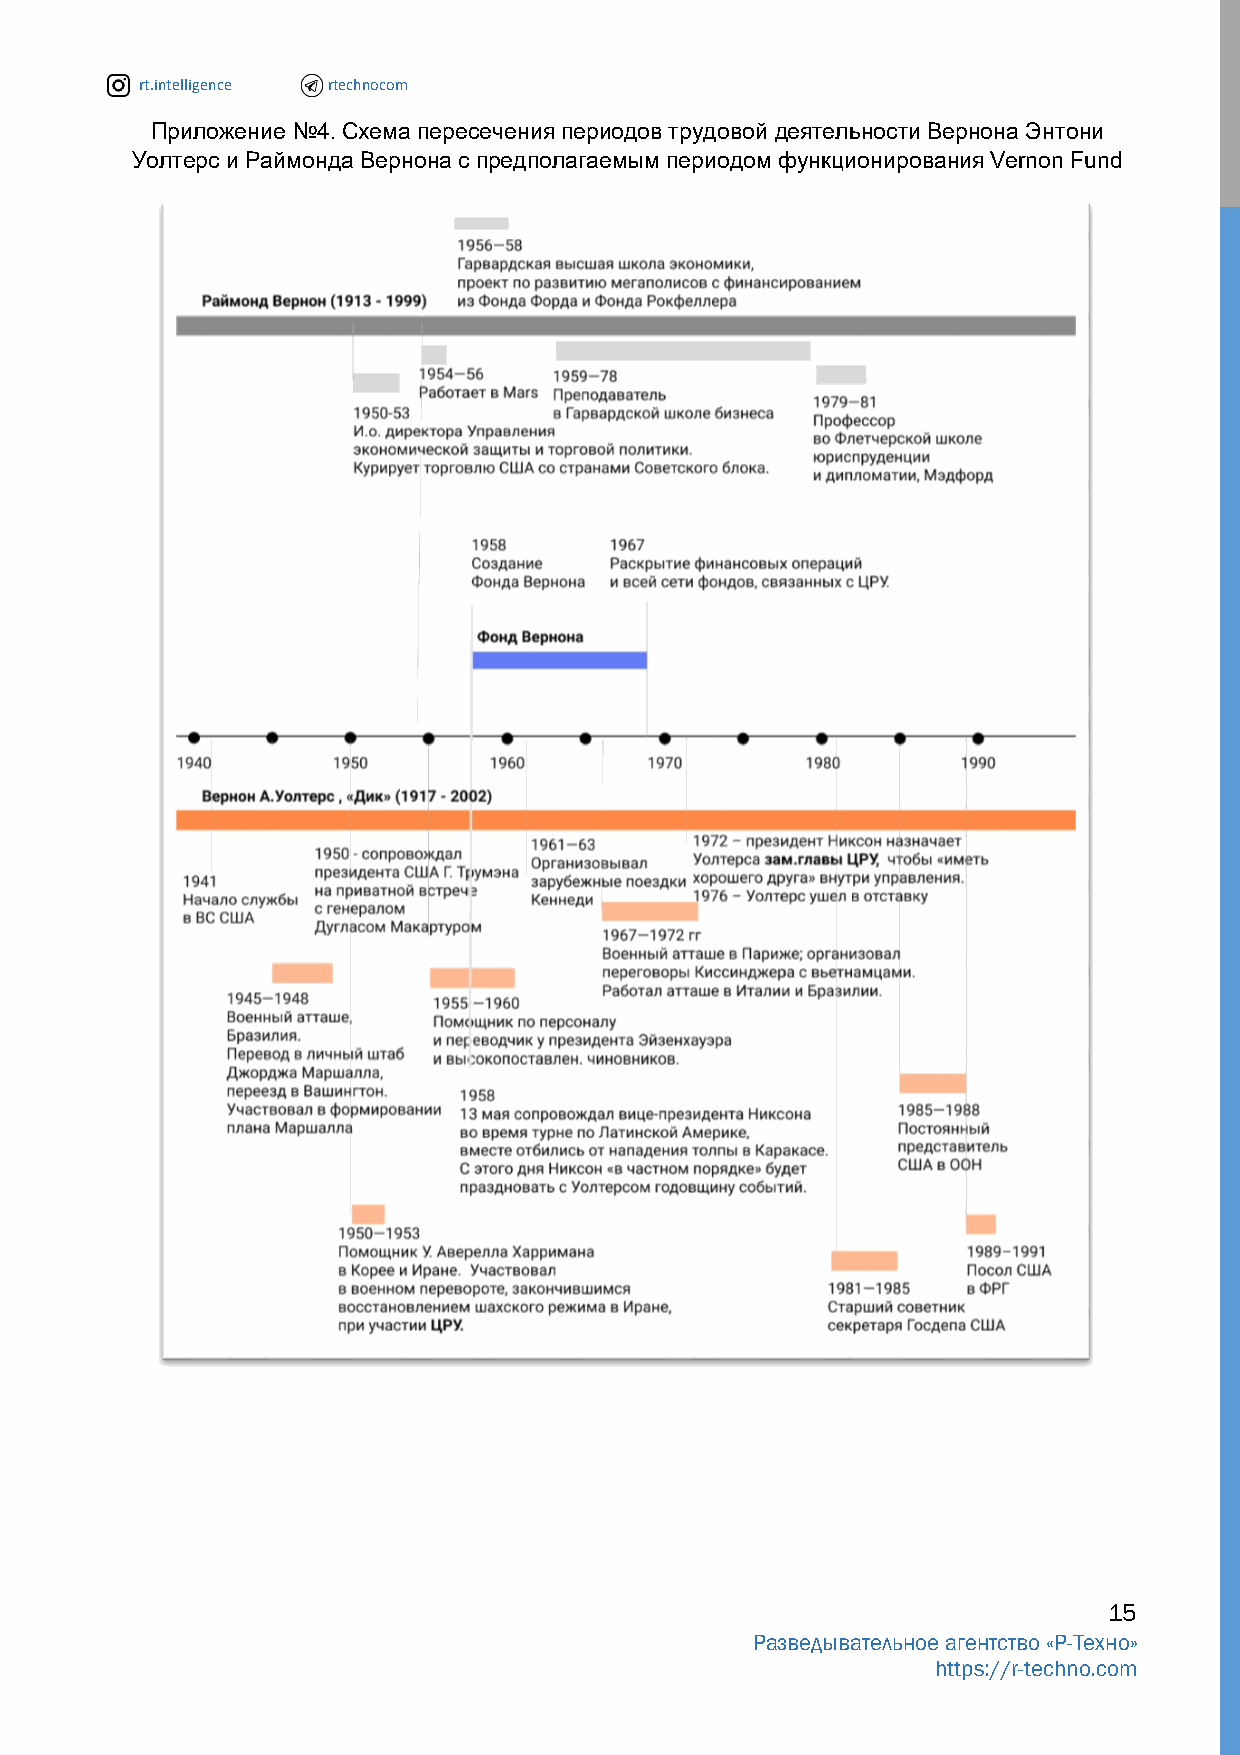
rt.intelligence rtechnocom
 Приложение №4. Схема пересечения периодов трудовой деятельности Вернона Энтони
 Уолтерс и Раймонда Вернона с предполагаемым периодом функционирования Vernon Fund
 15
 Разведывательное агентство «Р-Техно»
 https://r-techno.com